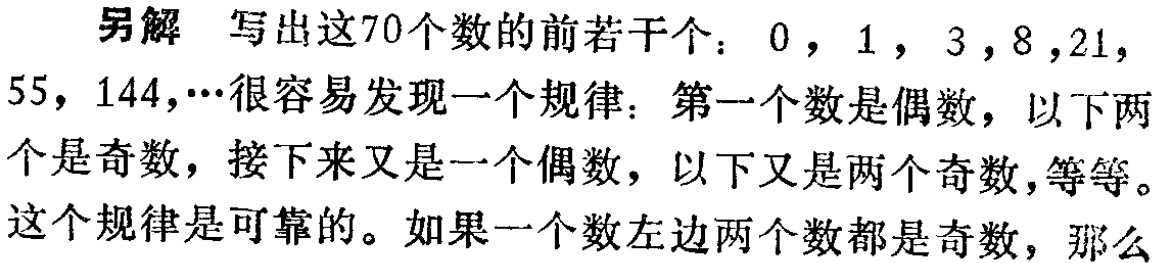
另解 写出这70个数的前若干个：$0$，$1$，$3$，$8$，$21$，$55$，$144$，$\cdots$很容易发现一个规律：第一个数是偶数，以下两个是奇数，接下来又是一个偶数，以下又是两个奇数，等等。这个规律是可靠的。如果一个数左边两个数都是奇数，那么